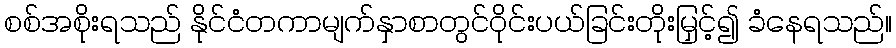
စစ်အစိုးရသည် နိုင်ငံတကာမျက်နှာစာတွင်ဝိုင်းပယ်ခြင်းတိုးမြှင့်၍ ခံနေရသည်။